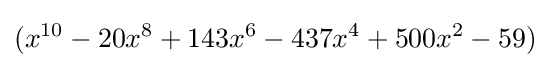
(x^{10}-20x^{8}+143x^{6}-437x^{4}+500x^{2}-59)